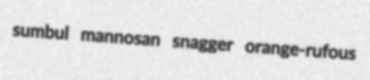
sumbul mannosan snagger orange-rufous